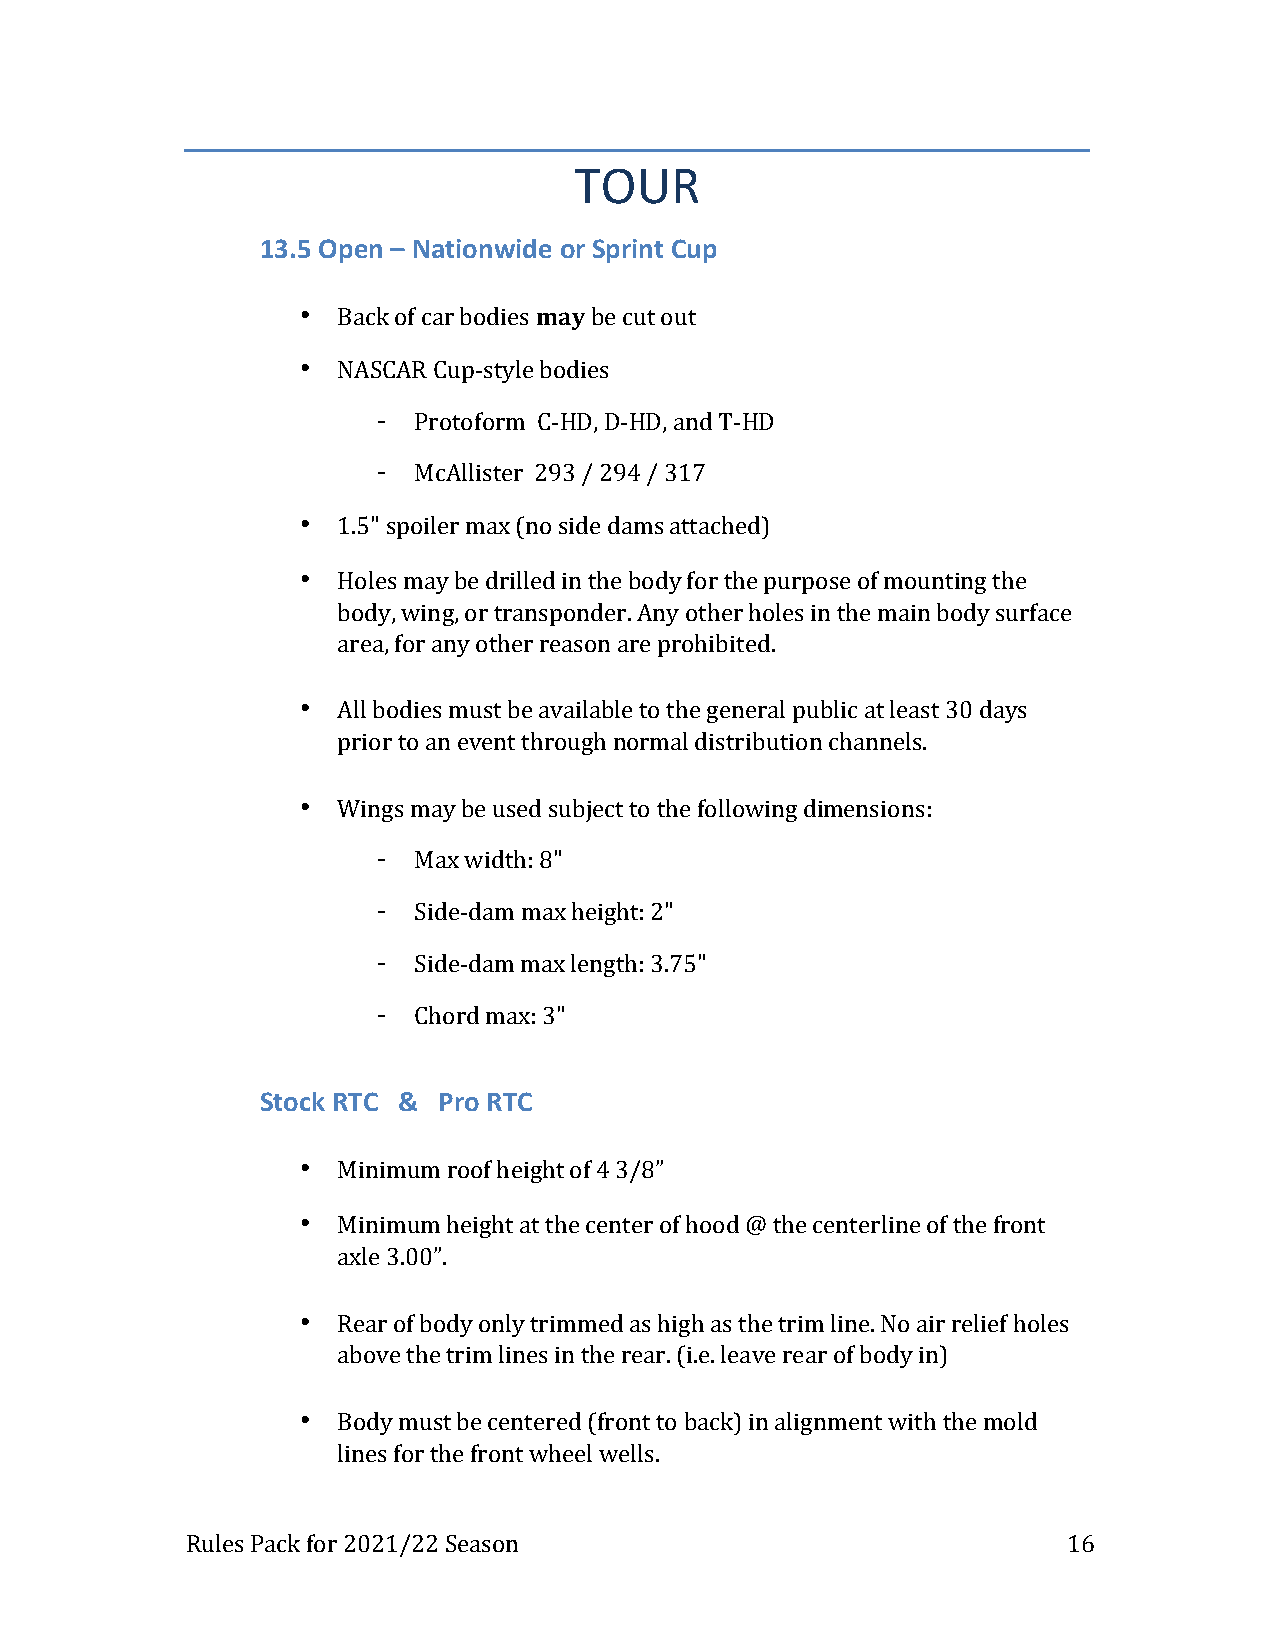
TOUR
 13.5 Open – Nationwide or Sprint Cup
 • Back of car bodies may be cut out
 • NASCAR Cup-style bodies
 - Protoform C-HD, D-HD, and T-HD
 - McAllister 293 / 294 / 317
 • 1.5" spoiler max (no side dams attached)
 • Holes may be drilled in the body for the purpose of mounting the
 body, wing, or transponder. Any other holes in the main body surface
 area, for any other reason are prohibited.
 • All bodies must be available to the general public at least 30 days
 prior to an event through normal distribution channels.
 • Wings may be used subject to the following dimensions:
 - Max width: 8"
 - Side-dam max height: 2"
 - Side-dam max length: 3.75"
 - Chord max: 3"
 Stock RTC & Pro RTC
 • Minimum roof height of 4 3/8”
 • Minimum height at the center of hood @ the centerline of the front
 axle 3.00”.
 • Rear of body only trimmed as high as the trim line. No air relief holes
 above the trim lines in the rear. (i.e. leave rear of body in)
 • Body must be centered (front to back) in alignment with the mold
 lines for the front wheel wells.
 Rules Pack for 2021/22 Season                              16